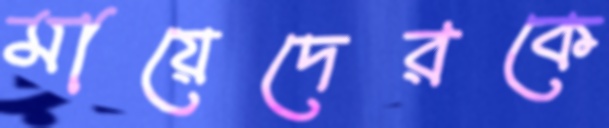
মায়েদেরকে